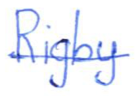
Text: Rigby
Cross-out: mix
Writing tool: ballpoint